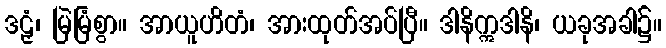
ဒဠှံ၊ မြဲမြံစွာ။ အာယူဟိတံ၊ အားထုတ်အပ်ပြီ။ ဒါနိဣဒါနိ၊ ယခုအခါ၌။